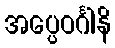
အပ္ပေဝင်္ဂါနိ